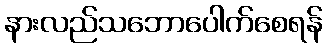
နားလည်သဘောပေါက်စေရန်